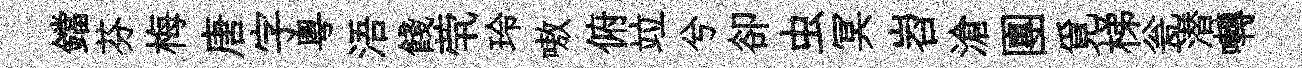
鐺芬梅唐字粤浯餞茕玲嗷俯竝兮卻虫冥岧滄團覓梯瓮潜囀